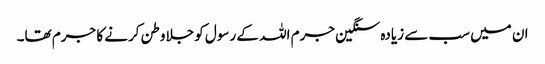
ان میں سب سے زیادہ سنگین جرم اللہ کے رسول کو جلاوطن کرنے کا جرم تھا۔